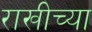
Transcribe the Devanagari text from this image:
राखीच्या